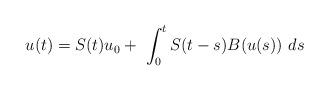
LaTeX: \begin{align*}u(t)= S(t)u_{0}+ \ \int_{0}^{t} S(t-s)B(u(s)) \ ds \end{align*}